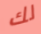
لك